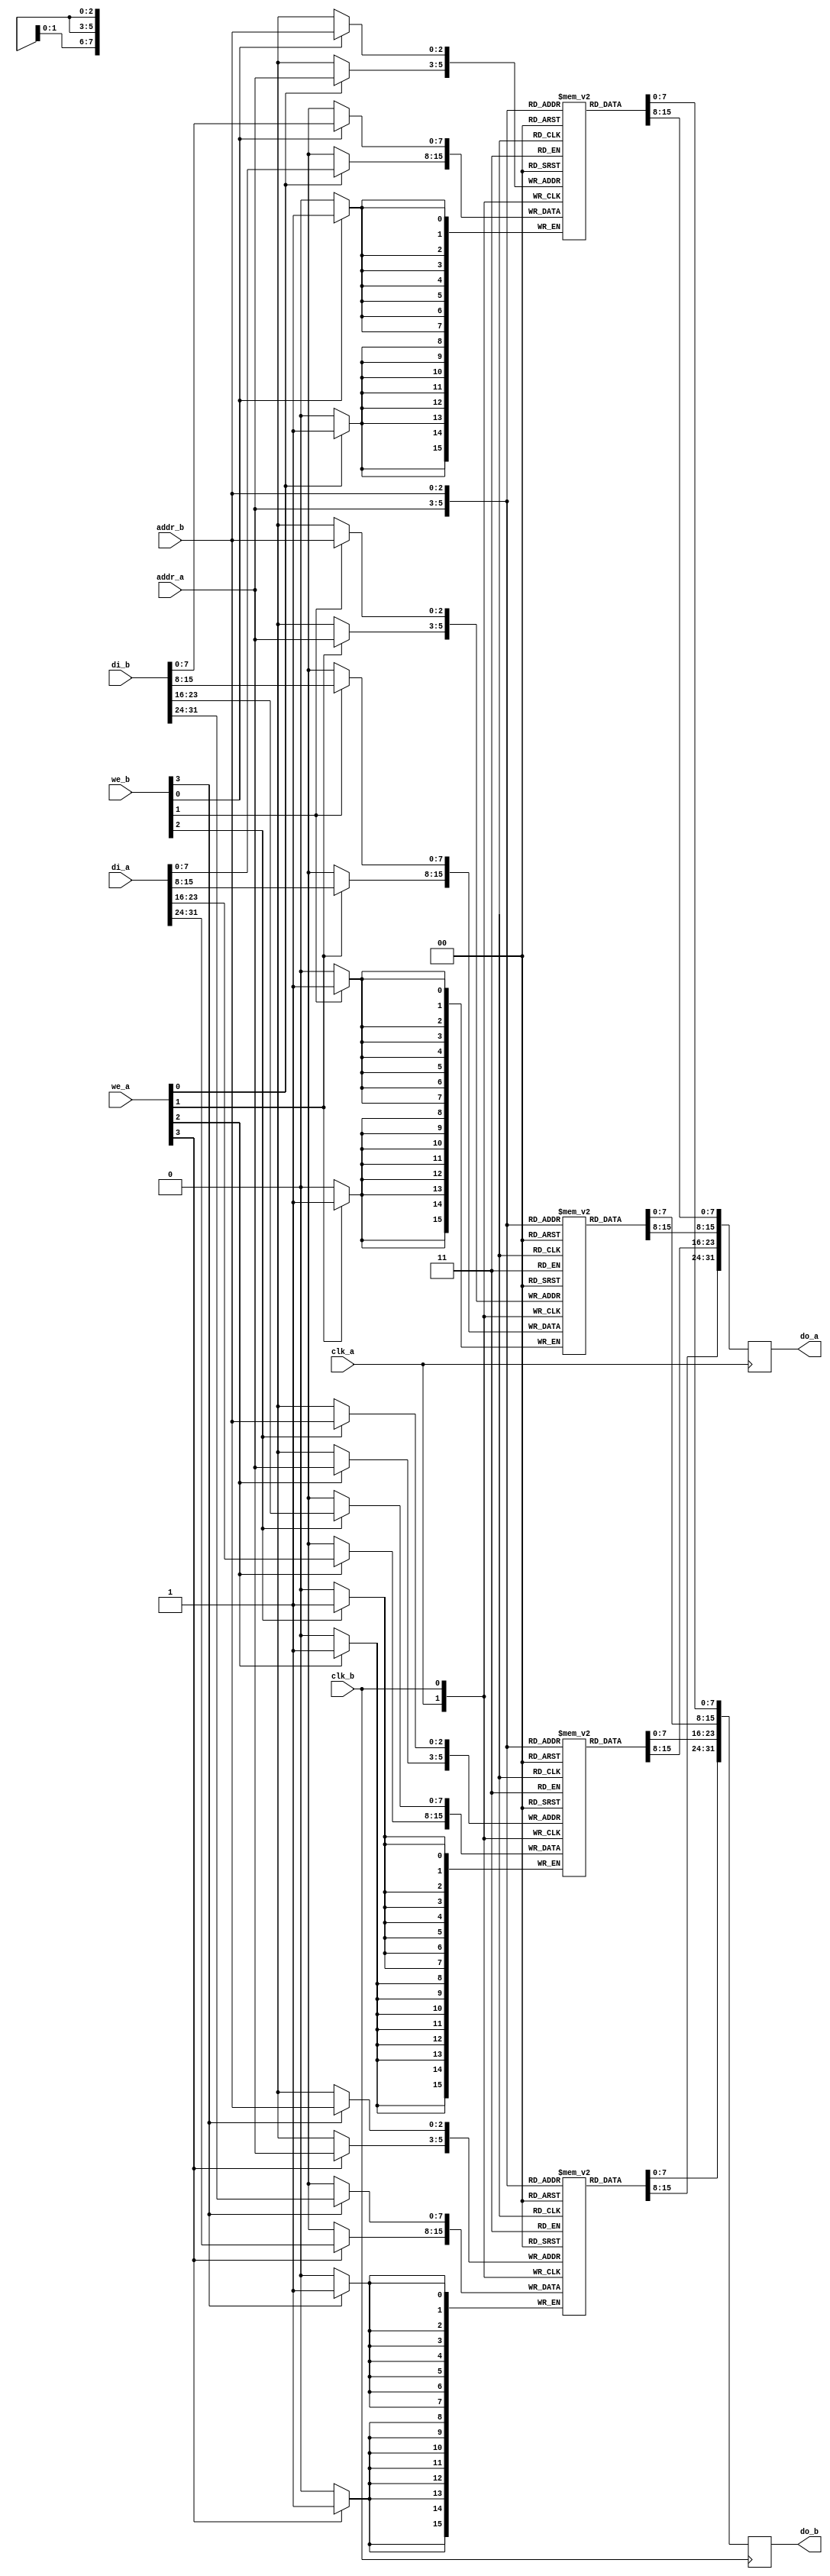


module dpram_generic #(
	parameter ADDR_WIDTH = 3
)
(
	input			clk_a,
	input  [ADDR_WIDTH-1:0]	addr_a,
	input  [3:0]		we_a,
	input  [31:0]		di_a,
	output reg [31:0]	do_a,

	input			clk_b,
	input  [ADDR_WIDTH-1:0]	addr_b,
	input  [3:0]		we_b,
	input  [31:0]		di_b,
	output reg [31:0]	do_b
);

// Error (276001)
//Error (276001): Cannot synthesize dual-port RAM logic "wb_sdram_ctrl:SDRAM_CTRL_0|arbiter:arbiter|wb_port:wbports[0].wb_port|bufram:bufram|dpram_generic:dpram_generic.dpram_generic|mem0"

	reg [7:0]	mem0[(1<<ADDR_WIDTH)-1:0];
	reg [7:0]	mem1[(1<<ADDR_WIDTH)-1:0];
	reg [7:0]	mem2[(1<<ADDR_WIDTH)-1:0];
	reg [7:0]	mem3[(1<<ADDR_WIDTH)-1:0];

	always @(posedge clk_a) begin
		if (we_a[3])
			mem3[addr_a] <= di_a[31:24];
		if (we_a[2])
			mem2[addr_a] <= di_a[23:16];
		if (we_a[1])
			mem1[addr_a] <= di_a[15:8];
		if (we_a[0])
			mem0[addr_a] <= di_a[7:0];
		do_a <= {mem3[addr_a], mem2[addr_a],
			 mem1[addr_a], mem0[addr_a]};
	end

	always @(posedge clk_b) begin
		if (we_b[3])
			mem3[addr_b] <= di_b[31:24];
		if (we_b[2])
			mem2[addr_b] <= di_b[23:16];
		if (we_b[1])
			mem1[addr_b] <= di_b[15:8];
		if (we_b[0])
			mem0[addr_b] <= di_b[7:0];
		do_b <= {mem3[addr_b], mem2[addr_b],
			 mem1[addr_b], mem0[addr_b]};
	end
endmodule